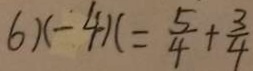
6 x - 4 x = \frac { 5 } { 4 } + \frac { 3 } { 4 }